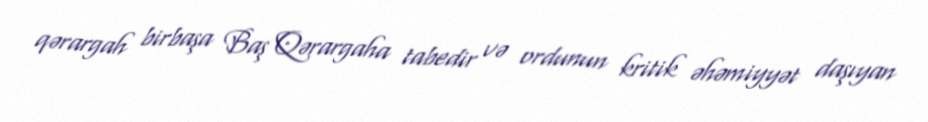
qərargah birbaşa Baş Qərargaha tabedir və ordunun kritik əhəmiyyət daşıyan